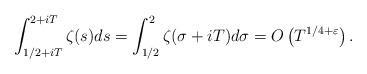
LaTeX: \begin{align*} \int_{{1}/{2}+iT}^{2+iT}\zeta(s) ds = \int_{{1}/{2}}^{2}\zeta(\sigma + iT) d\sigma = O \left( T^{1/4 +\varepsilon} \right). \end{align*}